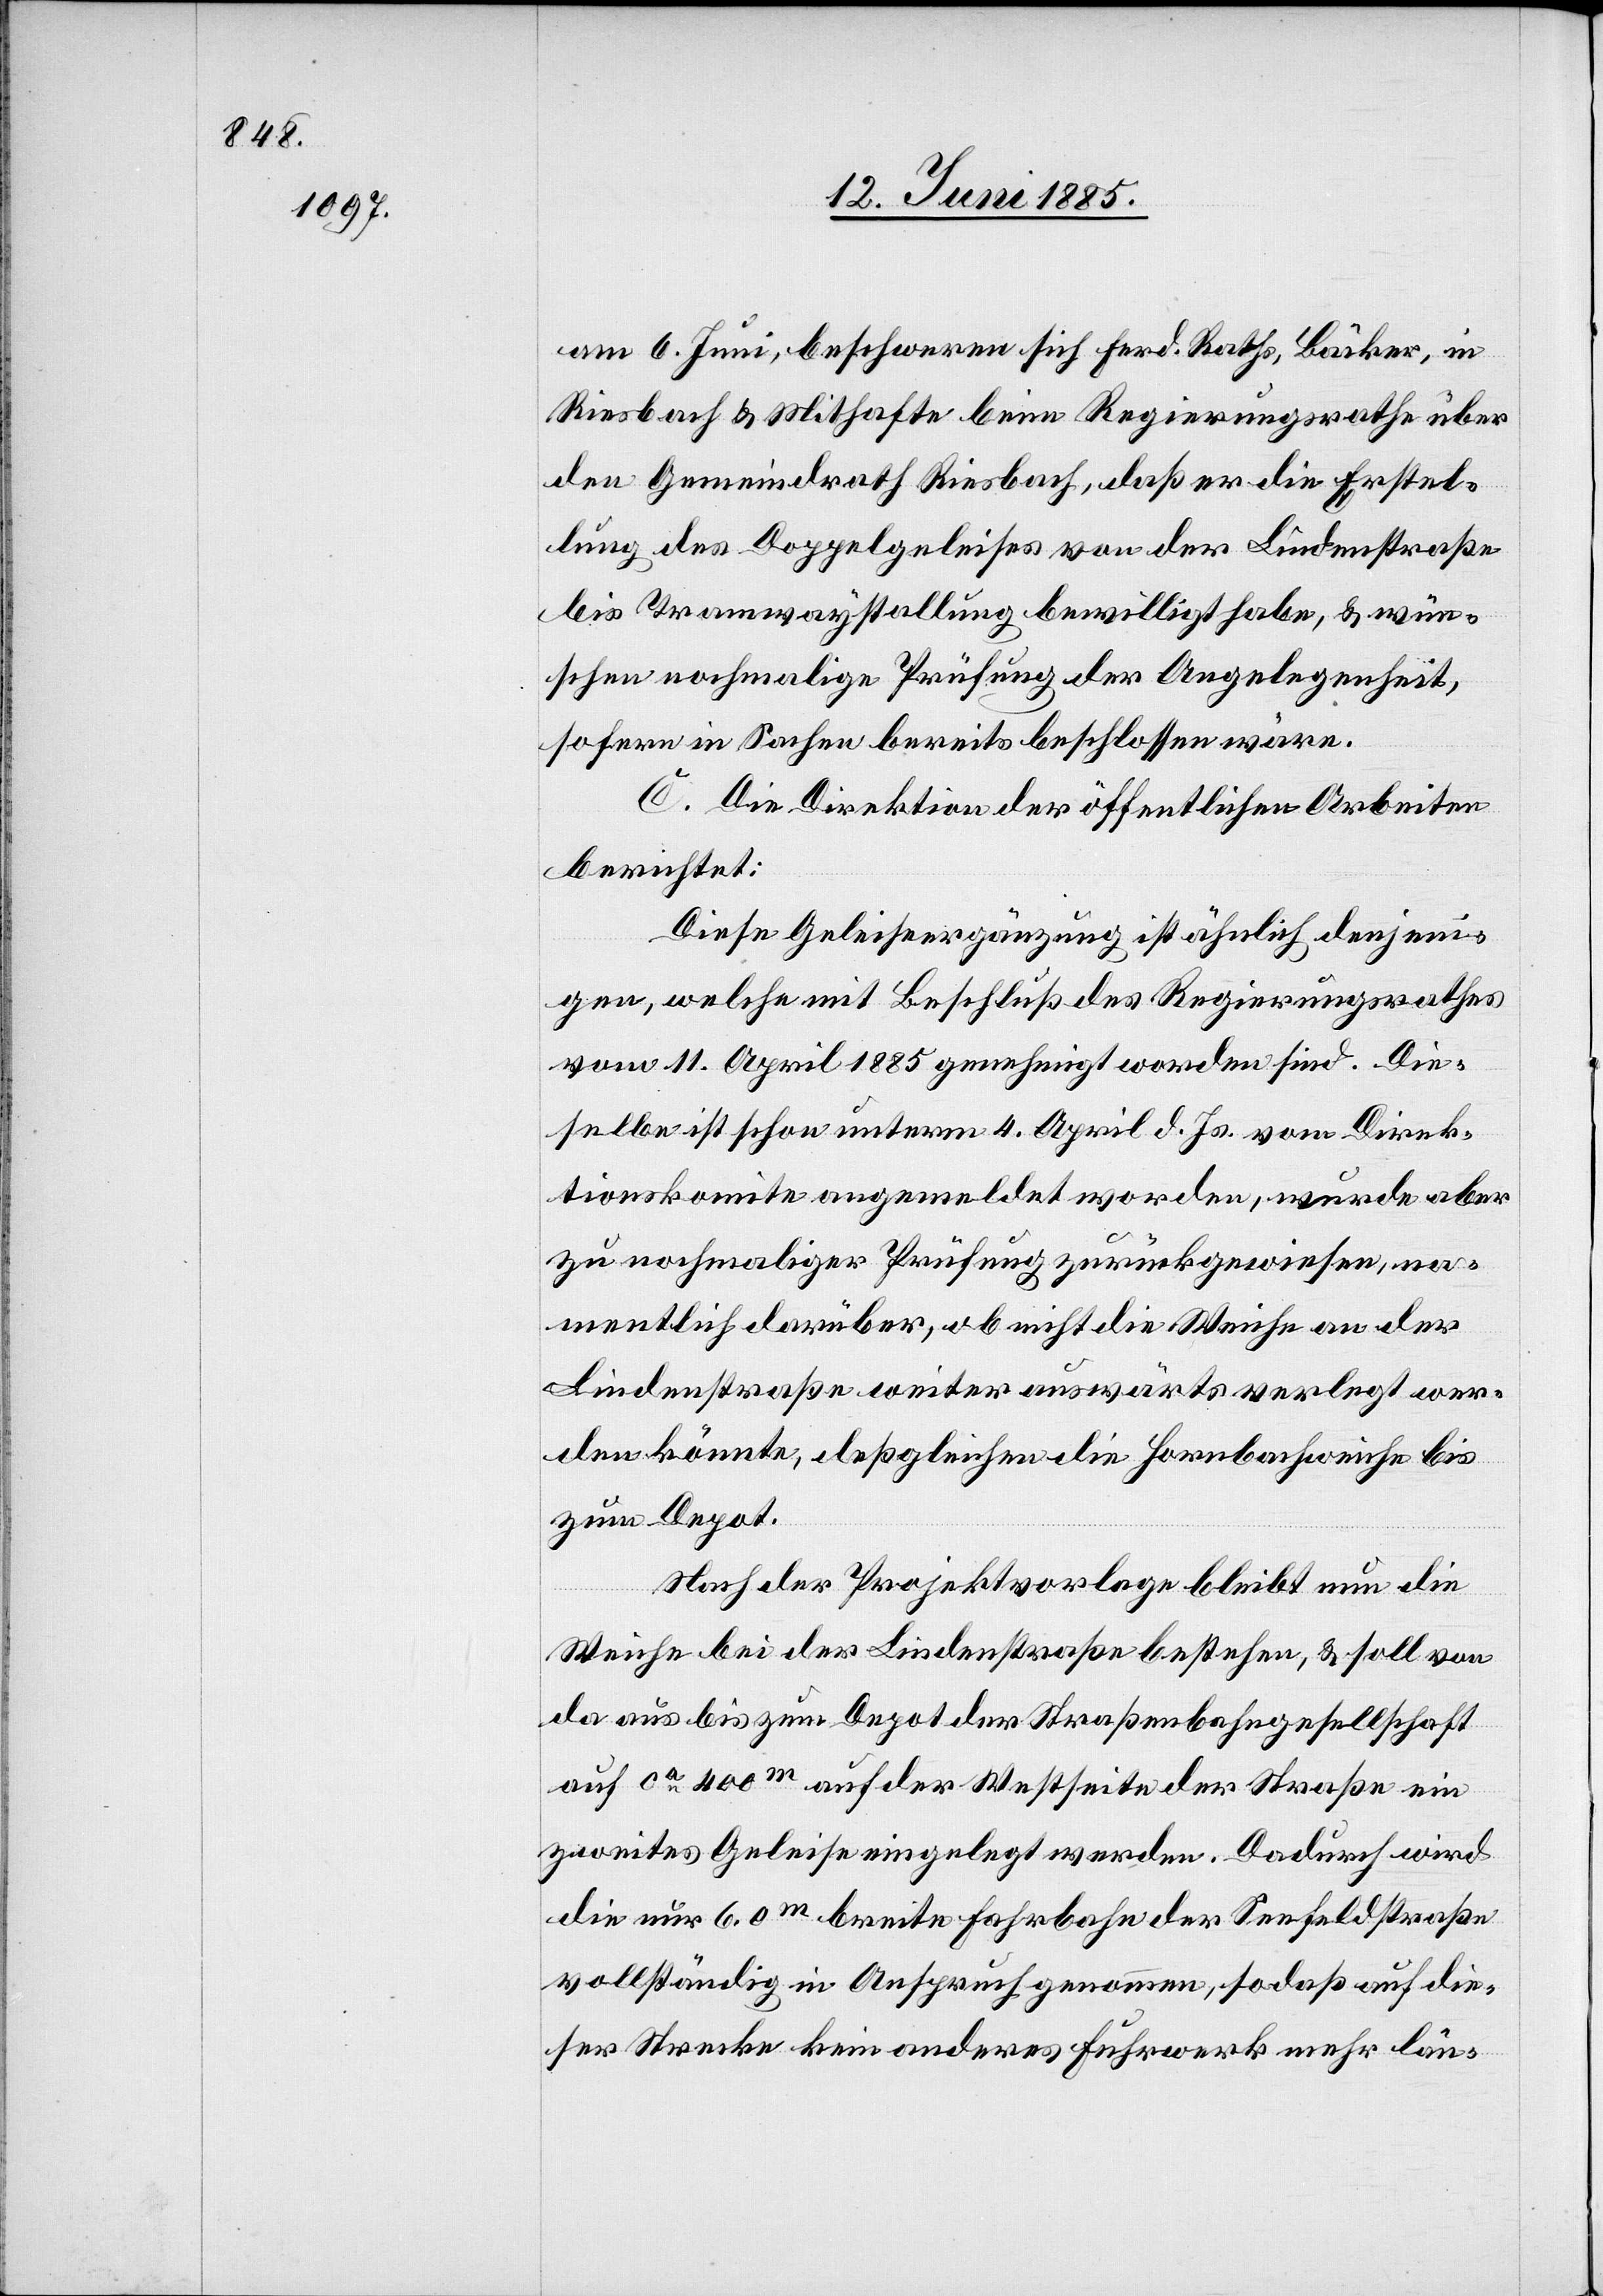
am 6. Juni, beschweren sich Ferd. Roth, Bäcker, in
Riesbach & Mithafte beim Regierungsrathe über
den Gemeindrath Riesbach, daß er die Erstel¬
lung des Doppelgeleises von der Lindenstraße
bis Tramwaystallung bewilligt habe, & wün¬
schen nochmalige Prüfung der Angelegenheit,
sofern in Sachen bereits beschlossen wäre.
C. Die Direktion der öffentlichen Arbeiten
berichtet:
Diese Geleiseergänzung ist ähnlich denjeni¬
gen, welche mit Beschluß des Regierungsrathes
vom 11. April 1885 genehmigt worden sind. Die¬
selbe ist schon unterm 4. April d. Js. vom Direk¬
tionskomite angemeldet worden, wurde aber
zu nochmaliger Prüfung zurückgewiesen, na¬
mentlich darüber, ob nicht die Weiche an der
Lindenstraße weiter auswärts verlegt wer¬
den könnte, deßgleichen die Hornbachweiche bis
zum Depot.
Nach der Projektvorlage bleibt nun die
Weiche bei der Lindenstraße bestehen, & soll von
da aus bis zum Depot der Straßenbahngesellschaft
auf ca 400 m auf der Westseite der Straße ein
zweites Geleise eingelegt werden. Dadurch wird
die nur 6.0 m breite Fahrbahn der Seefeldstraße
vollständig in Anspruch genommen, so daß auf die¬
ser Strecke kein anderes Fuhrwerk mehr län-